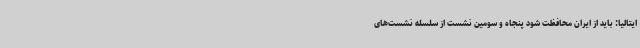
ایتالیا: باید از ایران محافظت شود پنجاه و سومین نشست از سلسله نشست‌های